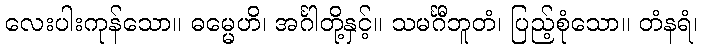
လေးပါးကုန်သော။ ဓမ္မေဟိ၊ အင်္ဂါတို့နှင့်။ သမင်္ဂီဘူတံ၊ ပြည့်စုံသော။ တံနရံ၊